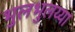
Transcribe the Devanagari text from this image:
भुलभुलय्या